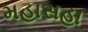
મહાસહા